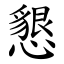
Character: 懇